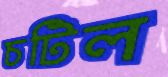
চটিল